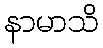
နာမာသိ